Elephants and their diseases
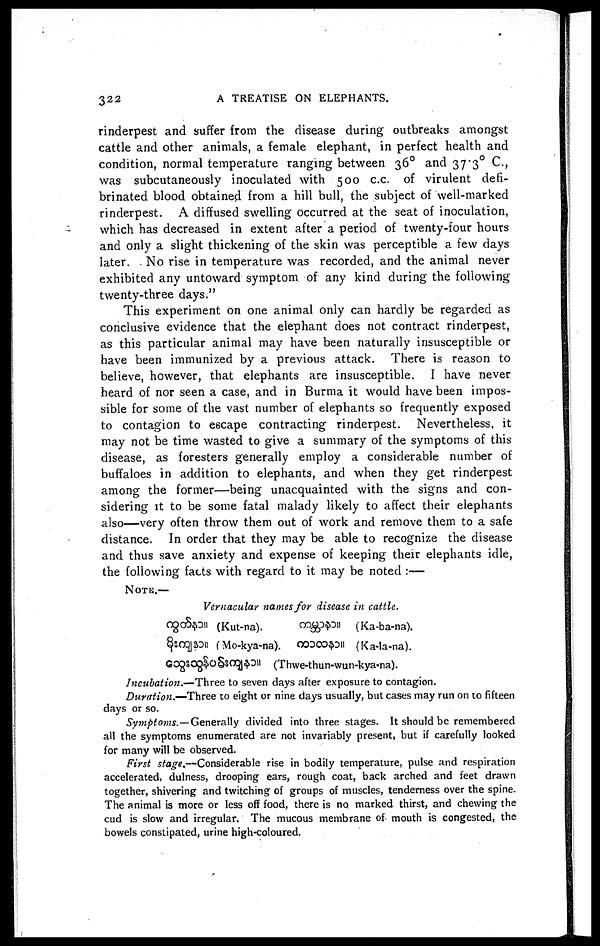
32 2
A TREATISE ON ELEPHANTS.
rinderpest and suffer from the disease during outbreaks amongst
cattle and other animals, a female elephant, in perfect health and
condition, normal temperature ranging between 36 0 and 37.3° C,
was subcutaneously inoculated with 500 c.c. of virulent defi-
brinated blood obtained from a hill bull, the subject of well-marked
rinderpest. A diffused swelling occurred at the seat of inoculation,
which has decreased in extent after a period of twenty-four hours
and only a slight thickening of the skin was perceptible a few clays
later. No rise in temperature was recorded, and the animal never
exhibited any untoward symptom of any kind during the following
twenty-three days."
This experiment on one animal only can hardly be regarded as
conclusive evidence that the elephant does not contract rinderpest,
as this particular animal may have been naturally insusceptible or
have been immunized by a previous attack. There is reason to
believe, however, that elephants are insusceptible. I have never
heard of nor seen a case, and in Burma it would have been impos-
sible for some of the vast number of elephants so frequently exposed
to contagion to escape contracting rinderpest. Nevertheless, it
may not be time wasted to give a summary of the symptoms of this
disease, as foresters generally employ a considerable number of
buffaloes in addition to elephants, and when they get rinderpest
among the former—being unacquainted with the signs and con-
sidering it to be some fatal malady likely to affect their elephants
also—very often throw them out of work and remove them to a safe
distance. In order that they may be able to recognize the disease
and thus save anxiety and expense of keeping their elephants idle,
the following facts with regard to it may be noted :—
NOTE.—
Vernacular names for disease in cattle.
(Kut-na).
(Mo-kya-n
(Ka-ba-na).
(Ka-la-na).
(Thwe-thun-wun-kya-na).
Incubation.—Three to seven days after exposure to contagion.
Duration.—Three to eight or nine days usually, but cases may run on to fifteen
days or so.
Symptoms.—Generally divided into three stages. It should be remembered
all the symptoms enumerated are not invariably present, but if carefully looked
for many will be observed.
First stage.—Considerable rise in bodily temperature, pulse and respiration
accelerated, dulness, drooping ears, rough coat, back arched and feet drawn
together, shivering and twitching of groups of muscles, tenderness over the spine.
The animal is more or less off food, there is no. marked thirst, and chewing the
cud is slow and irregular. The mucous membrane of mouth is congested, the
bowels constipated, urine high-coloured.